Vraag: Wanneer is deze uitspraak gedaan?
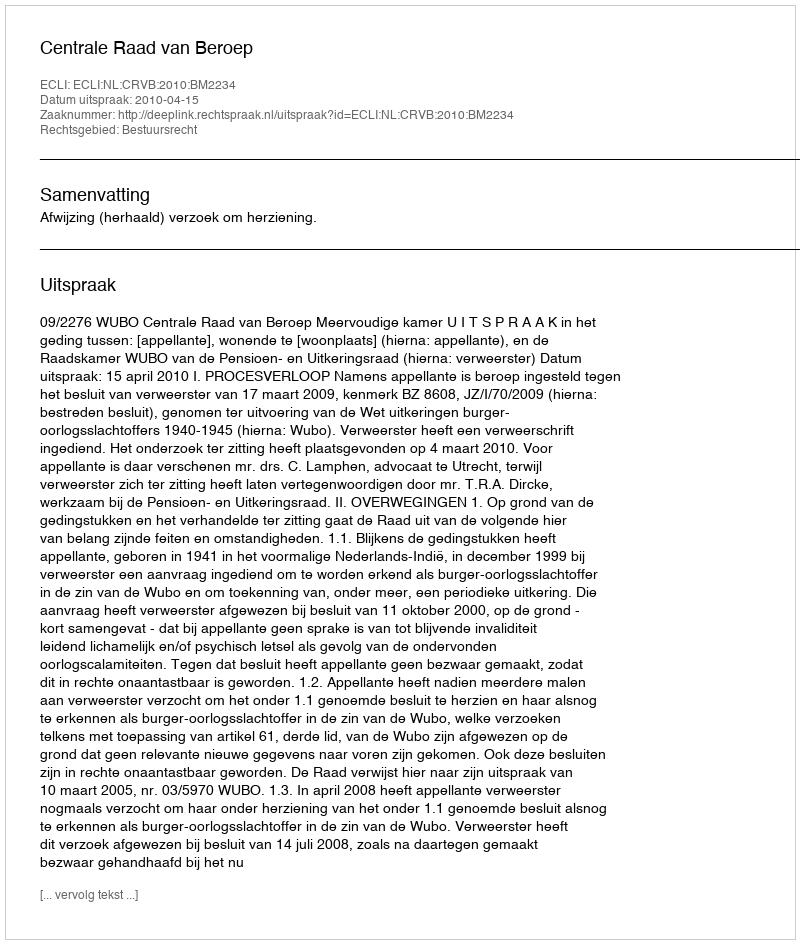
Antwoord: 2010-04-15